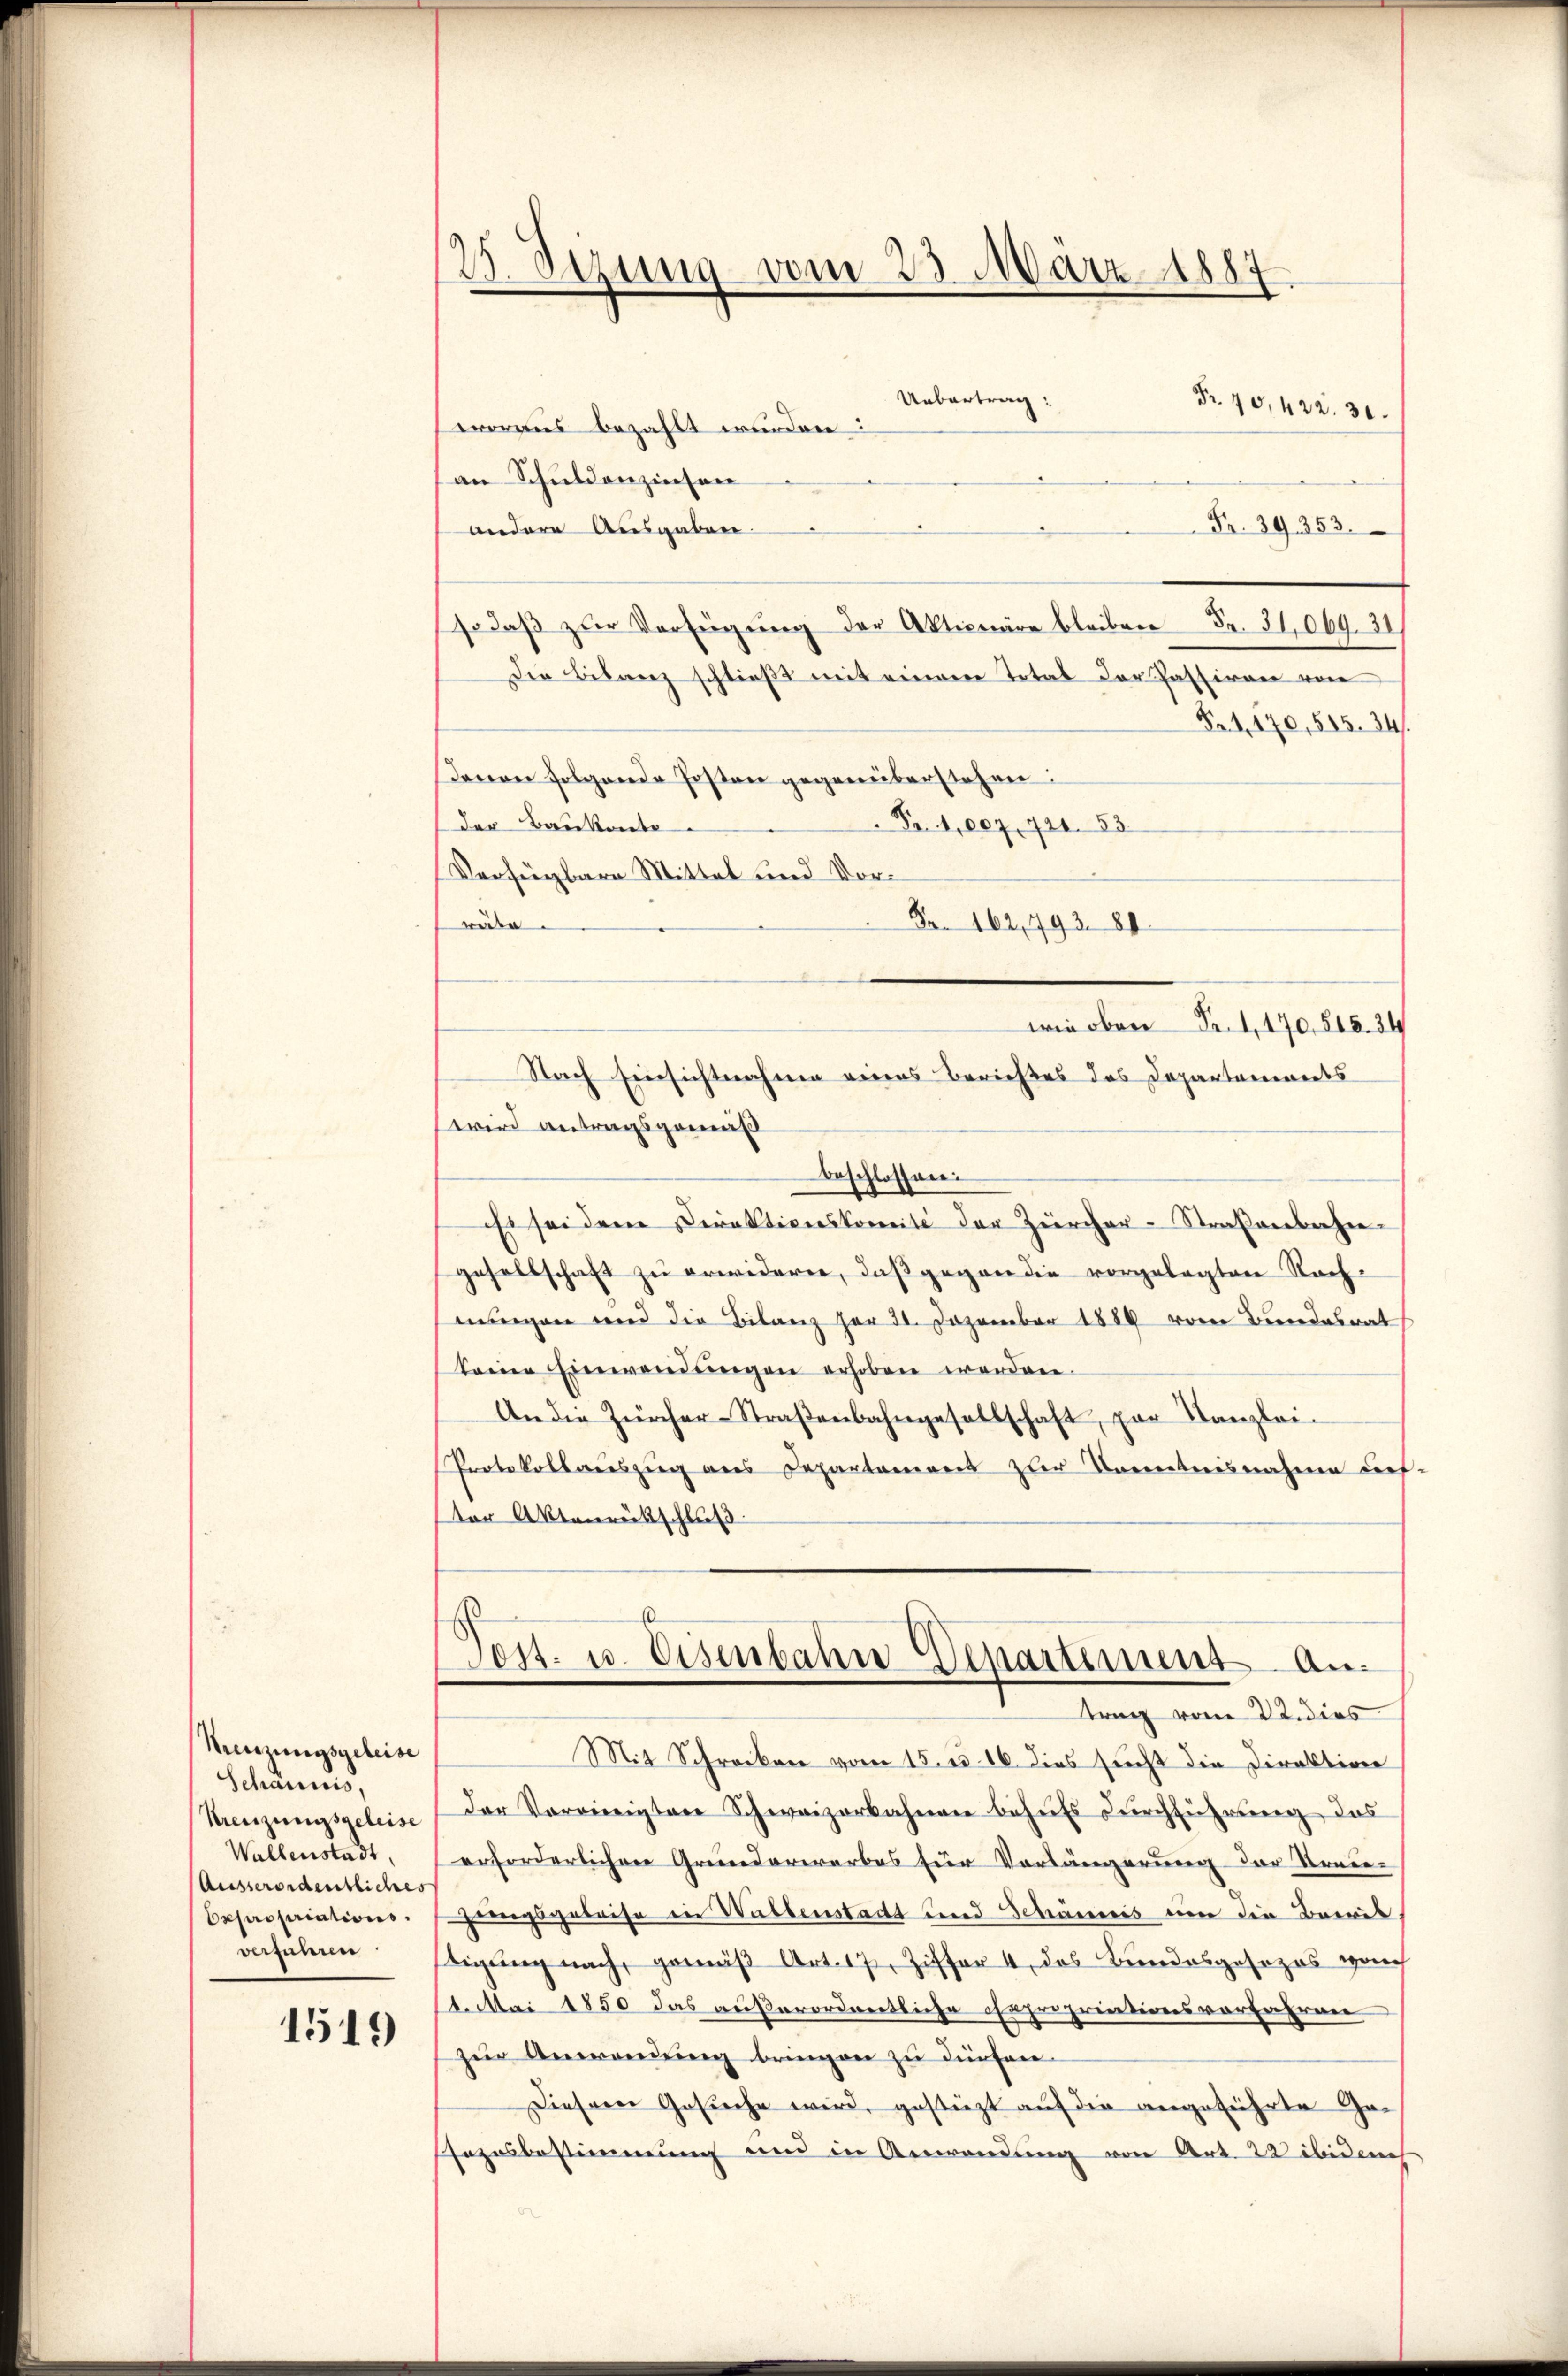
Menzungsgeleise
Schaunis,
Kreuzungsgeleise
Wallenstadt,
Ausserordentliches
Expropriationsdenenn

1519

23. Sezung vom 23. März 1887
.

Uebertrag:
Fr. 10,422. 30.
woraus bezahlt wurden:
an Schuldenzinsen
Fr. 39. 353.
andere Ausgaben.
so daß zur Verfügung der Aktionäre bleiben Fr. 31,069. 31
Die Bilanz schließt mit einem Total der Passiren von
Nr. 1, 170, 515. 34.
Davon folgende Posten gegenüberstehen:
Fr. 41,007. 724. 83
der Baukonte
Verfügbare Mittel und Vor¬
Fr. 162,493. 84.
räte.
wie oben Fr. 1, 170. 815. 34
Nach Einsichtnahme eines Berichtes des Departamiandes
wird antragsgemäß
beschlossen.
ist sei dem Direktionskomité der Zürcher-Straßenbahngesellschaft zu erwideren, daß gegen die vorgelegten Nachnungen und die Bilanz her 21. Dezember 1889 vom Bundesrat
keine Einwendŭngen erhoben werden.
An die Zürcher-Straβenbahngesellschaft, par Kanzlei-
Protokollauszug aus Departamens zur Trenntnisnahme des-
ter Aktenrütschluß
Post. u. Eisenbahn Departement an.
trag vom 22. dies
Mit Schrocken vom 15. d. 16. dies frecht die Direktion
der Vereinigten Schweizerbahnen behufs Durchführung, das
erforderlichen Grunderwerbes für Vorlängerung der Krie-
Geungsgeleise ein Wallenstadt und Schännis um die Brevis
tigung nach, gemäβ Art. 17, Ziffer 4, das Bundesgesezes vach
1. Mai 1850 das außerordnentliche chapropriationsvorfahren
zur Anwendung bringen zu dürfen
Diesem Gesuche wird, gestüzt auf die angeführte Ge¬
Tazesbestimmung und in Anwendung von Art. 22 ibidech